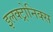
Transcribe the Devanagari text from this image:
इलक्ट्रोनिक्स